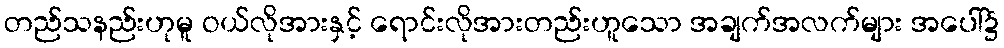
တည်သနည်းဟုမူ ဝယ်လိုအားနှင့် ရောင်းလိုအားတည်းဟူသော အချက်အလက်များ အပေါ်၌